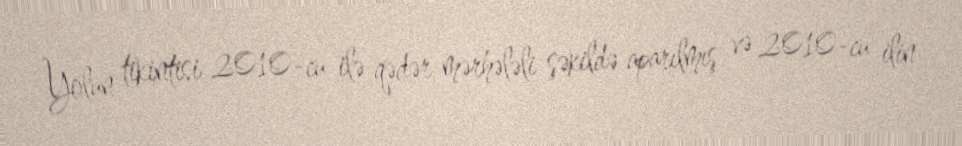
Yolun tikintisi 2010-cu ilə qədər mərhələli şəkildə aparılmış və 2010-cu ilin